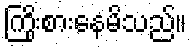
ကြိုးစားနေမိသည်။